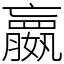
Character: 𫲓